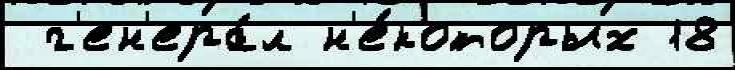
 г'ен'ера́л н'е́которых 18